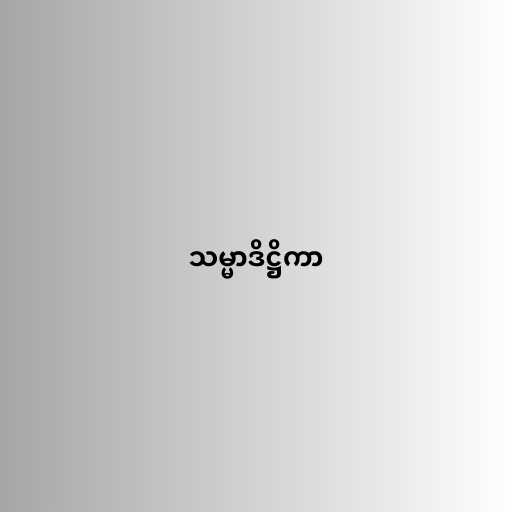
သမ္မာဒိဋ္ဌိကာ